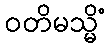
ဝတိမသ္မိံ